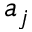
a _ { j }